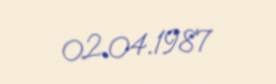
02.04.1987